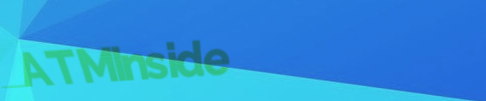
ATMInside